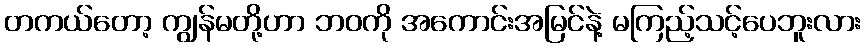
တကယ်တော့ ကျွန်မတို့ဟာ ဘဝကို အကောင်းအမြင်နဲ့ မကြည့်သင့်ပေဘူးလား